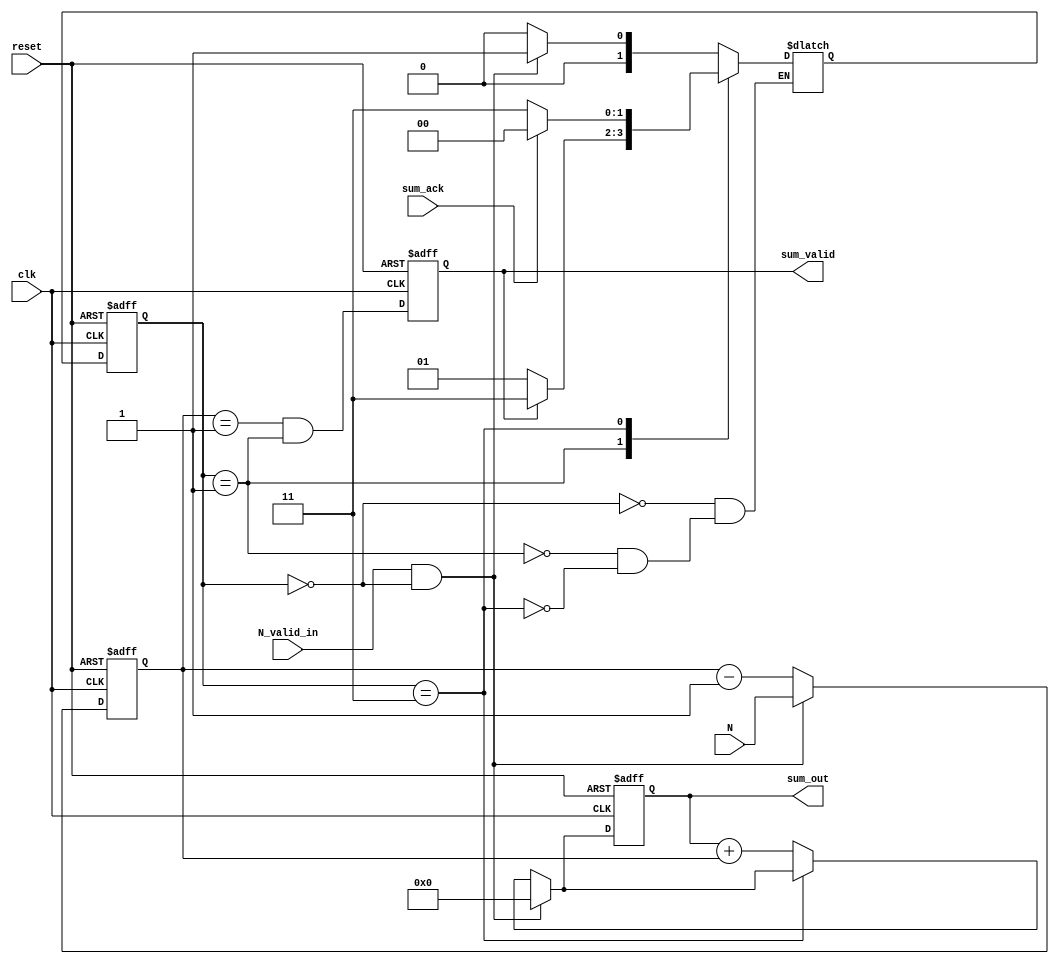
module sum_N(input clk, input[2:0] N, input N_valid_in, input sum_ack, input reset, output reg[4:0] sum_out, output reg sum_valid);
parameter IDLE = 2'b00;
parameter BUSY = 2'b01;
parameter DONE = 2'b11;

wire [2:0] i_mux_out;
wire [4:0] add_out;
wire [4:0] sum_mux_out;
wire i_eq_1, i_eq_1_state;

reg [2:0] i;
reg [1:0] state;
reg [1:0] next_state;

assign i_mux_out = N_valid ? N : i-1;
assign add_out = sum_out + i;
assign sum_mux_out = N_valid ? 0 : ((state == DONE) ? sum_mux_out : add_out);
assign i_eq_1 = (i==1);
assign i_eq_1_state = i_eq_1 && (state == BUSY);
assign N_valid = N_valid_in && (state == IDLE);

always @(posedge clk or posedge reset)
if(reset)
begin
    sum_out <= 0;
    i <= 0;
    sum_valid <= 0;
end
else
begin
    sum_out <= sum_mux_out;
    i <= i_mux_out;
    sum_valid <= i_eq_1_state;
end

always @(*)
begin
case(state)
    IDLE : if(N_valid) next_state = BUSY; else next_state = IDLE;
    BUSY : if(sum_valid) next_state = DONE; else next_state = BUSY;
    DONE : if(sum_ack) next_state = IDLE; else next_state = DONE;
endcase  
end

always @(posedge clk or posedge reset)
if(reset)
begin
    state <= IDLE;
end
else
begin
    state <= next_state;
end
endmodule